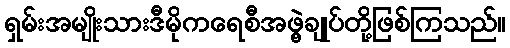
ရှမ်းအမျိုးသားဒီမိုကရေစီအဖွဲ့ချုပ်တို့ဖြစ်ကြသည်။